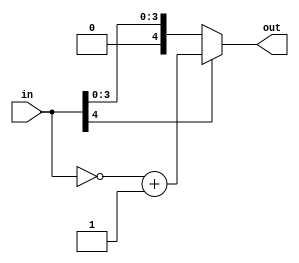
`timescale 1ns / 1ps
//////////////////////////////////////////////////////////////////////////////////
// Company: 
// Engineer: 
// 
// Design Name: 
// Module Name: tcsm_smtc
// Project Name: 
// Target Devices: 
// Tool Versions: 
// Description: 
// 
// Dependencies: 
// 
// Revision:
// Revision 0.01 - File Created
// Additional Comments:
// 
//////////////////////////////////////////////////////////////////////////////////


module tcsm_smtc(in, out);

parameter nob = 4;

input [nob:0] in;
output [nob:0] out;
wire [nob:0] in_c, tc;

assign in_c = ~in;
assign tc = in_c + 1;
assign out = in[4]? tc:in;

endmodule